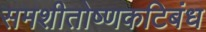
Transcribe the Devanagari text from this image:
समशीतोष्णकटिबंध